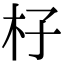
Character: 杍